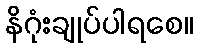
နိဂုံးချုပ်ပါရစေ။